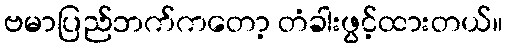
ဗမာပြည်ဘက်ကတော့ တံခါးဖွင့်ထားတယ်။